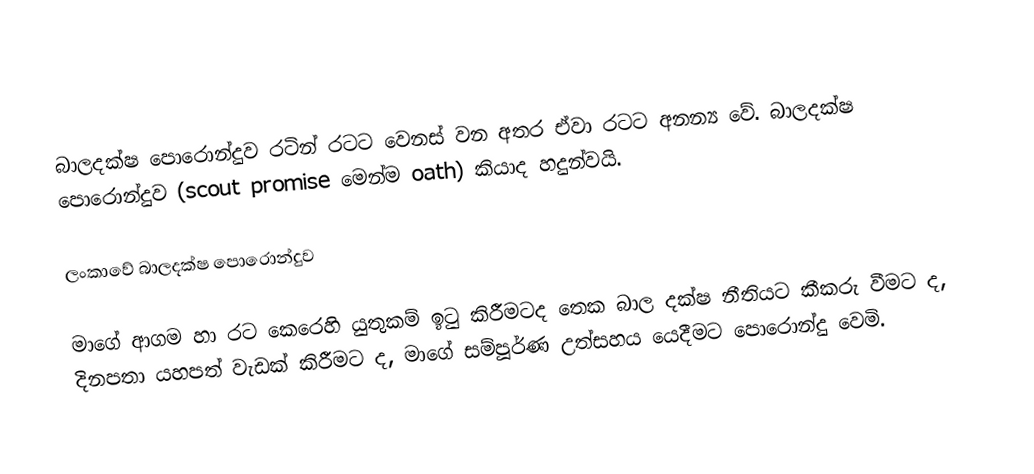
බාලදක්ෂ පොරොන්දුව රටින් රටට වෙනස් වන අතර ඒවා රටට අනන්‍ය වේ. බාලදක්ෂ පොරොන්දුව (scout promise මෙන්ම oath) කියාද හදුන්වයි.

ලංකාවේ බාලදක්ෂ පොරොන්දුව

මාගේ ආගම හා රට කෙරෙහි යුතුකම් ඉටු කිරීමටද තෙක බාල දක්ෂ නීතියට කීකරු වීමට ද, දිනපතා යහපත් වැඩක් කිරීමට ද, මාගේ සම්පූර්ණ උත්සහය යෙදීමට පොරොන්දු වෙමි.